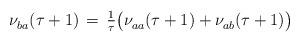
LaTeX: \begin{align*} \nu^{}_{ba} (\tau+1) \, = \, \tfrac{1}{\tau} \bigl( \nu^{}_{aa} (\tau+1) + \nu^{}_{ab} (\tau+1) \bigr)\end{align*}